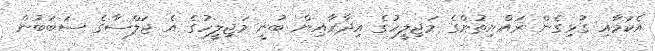
އެކަމާއި ގުޅިގެން ރައްޔިތުންގެ މަޖިލީހުގެ އިދާރާއިން ބުނީ މަޖިލީހުގެ އެ ޖަލްސާގެ ސަބަބުން